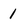
Character: 1